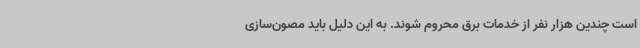
است چندین هزار نفر از خدمات برق محروم شوند. به این دلیل باید مصون‌سازی